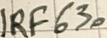
Text: IRF630